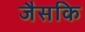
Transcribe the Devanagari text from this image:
जैसकि